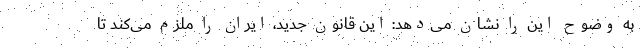
به وضوح این را نشان می‌دهد: این قانون جدید، ایران را ملزم می‌کند تا